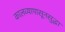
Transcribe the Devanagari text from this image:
कालव्यापासूनसुद्धा